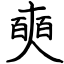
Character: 奭